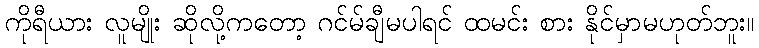
ကိုရီယား လူမျိုး ဆိုလို့ကတော့ ဂင်မ်ချီမပါရင် ထမင်း စား နိုင်မှာမဟုတ်ဘူး။